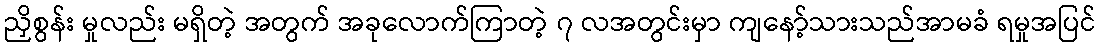
ညှိစွန်း မှုလည်း မရှိတဲ့ အတွက် အခုလောက်ကြာတဲ့ ၇ လအတွင်းမှာ ကျနော့်သားသည်အာမခံ ရမှုအပြင်